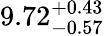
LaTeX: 9.72_{-0.57}^{+0.43}